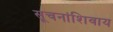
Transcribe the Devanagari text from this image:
सूचनांशिवाय